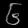
Digit: ၆